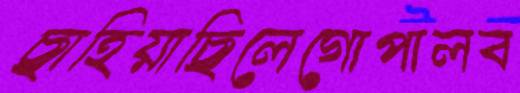
ছাহিয়াছিলেগোপালব